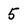
Character: 5